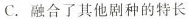
C.融合了其他剧种的特长